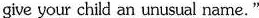
give your child an unusual name."